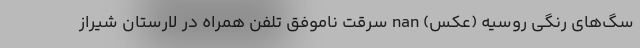
سگ‌های رنگی روسیه (عکس) nan سرقت ناموفق تلفن همراه در لارستان شیراز